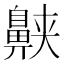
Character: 𱌕